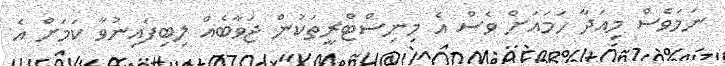
ނަމަވެސް މިއަދާ ހަމައަށް ވެސް އެ މިނިސްޓްރީތަކުން ޖަވާބެއް ލިބިފައިނުވާ ކަމަށް އެ